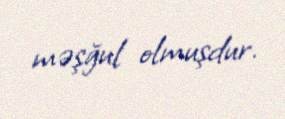
məşğul olmuşdur.